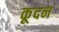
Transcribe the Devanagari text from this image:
कूदन